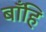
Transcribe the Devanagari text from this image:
बाँहि